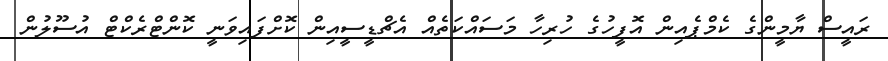
ރައީސް ޔާމީންގެ ކެމްޕެއިން އޮފީހުގެ ހުރިހާ މަސައްކަތެއް އެޗްޑީސީއިން ކޮށްފައިވަނީ ކޮންޓްރެކްޓް އުސޫލުން